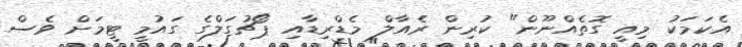
އެކަމަކު މިއީ ގޮތެއްނޫން" ކުރިން ރެއާލް މެޑްރިޑާއި ޕޯޗުގަލްގެ ގައުމީ ޓީމަށް ވެސް